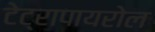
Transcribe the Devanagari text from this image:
टेट्रापायरोल